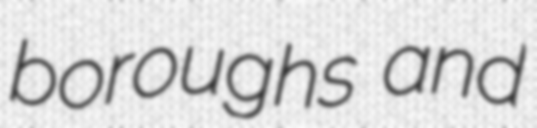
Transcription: boroughs and